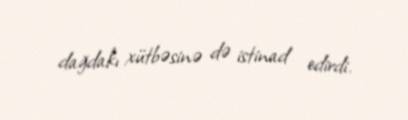
dağdakı xütbəsinə də istinad edirdi.